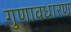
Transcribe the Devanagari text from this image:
गुणावधारण